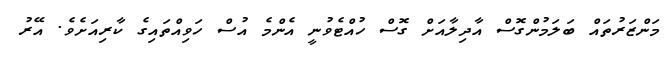
މަންޒަރުތައް ބަލަމުންގޮސް އާދިލާއަށް ގޮސް ހުއްޓެވުނީ އެންމެ އުސް ހަވިއްތައިގެ ކާރިއަށެވެ. އޭރު